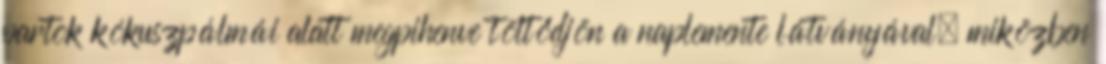
partok kókuszpálmái alatt megpihenve töltődjön a naplemente látványával, miközben